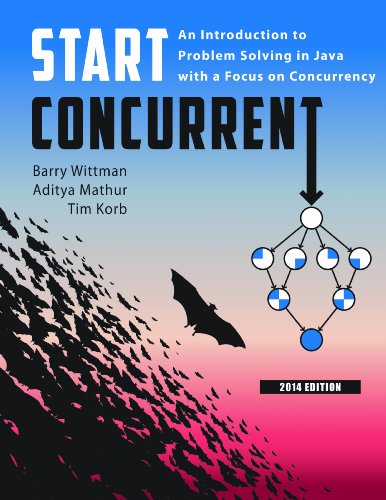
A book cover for Start Concurrent: An Introduction to Problem Solving in Java with a Focus on Concurrency, 2014; Computers & Technology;